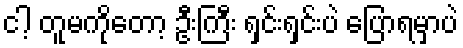
ငါ့ တူမကိုတော့ ဦးကြီး ရှင်းရှင်းပဲ ပြောရမှာပဲ